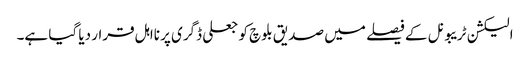
الیکشن ٹریبونل کے فیصلے میں صدیق بلوچ کو جعلی ڈگری پر نااہل قرار دیا گیا ہے۔